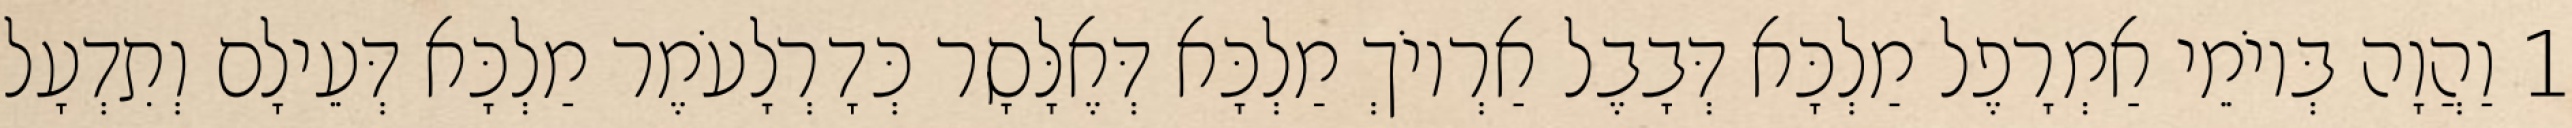
1 וַהֲוָה בְּיוֹמֵי אַמְרָפֶל מַלְכָּא דְּבָבֶל אַרְיוֹךְ מַלְכָּא דְּאֶלָּסָר כְּדָרְלָעֹמֶר מַלְכָּא דְּעֵילָם וְתִדְעָל